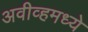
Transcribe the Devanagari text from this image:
अवीव्हमध्ये